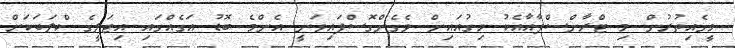
މީގެއިތުރުން މި ޓްރާންސްފާއާއެކު ހިގުއައިން ވެގެންގޮސްފައިވަނީ އެންމެ ބޮޑު އަގެއްގައި އިޓަލީގެ ކްލަބަކަށް